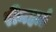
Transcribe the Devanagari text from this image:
रीनहार्ड